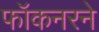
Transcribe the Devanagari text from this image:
फॉकनरने